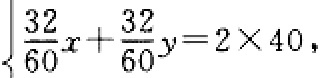
\(\frac{32}{60}x + \frac{32}{60}y = 2\times40\)